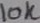
Text: 10K